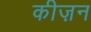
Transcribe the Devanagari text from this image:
कीज़न